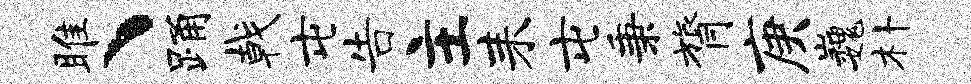
雎、踊戟屯告主耒屯秉膂庚巍朴